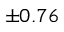
\pm 0 . 7 6